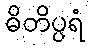
ဓိတိပ္ပရံ